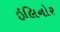
ઇલિનોર